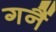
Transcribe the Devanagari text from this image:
गनैं